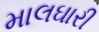
માલઘારી